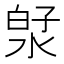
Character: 𬇻